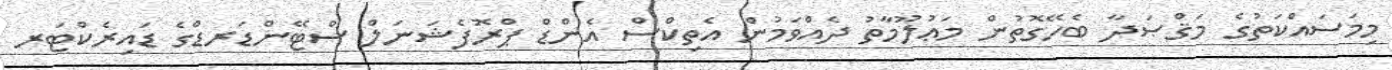
މިމަސައްކަތުގެ މަޤްޞަދާ ބެހޭގޮތުން މަޢުލޫމާތު ދެއްވަމުން އެތިކްސް އެންޑް ޕްރޮފެޝަނަލް ސްޓޭންޑަރޑްގެ ޑައިރެކްޓަރ